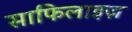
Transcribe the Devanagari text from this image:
साफिलाइज़